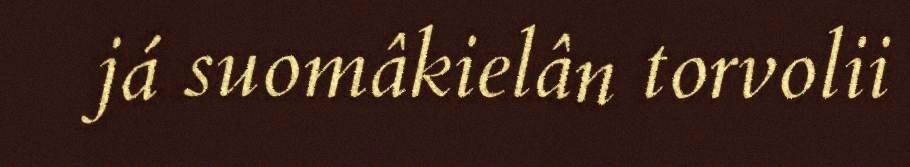
já suomâkielân torvolii